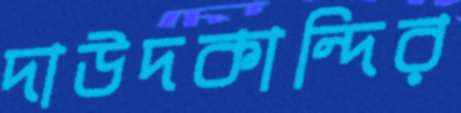
দাউদকান্দির